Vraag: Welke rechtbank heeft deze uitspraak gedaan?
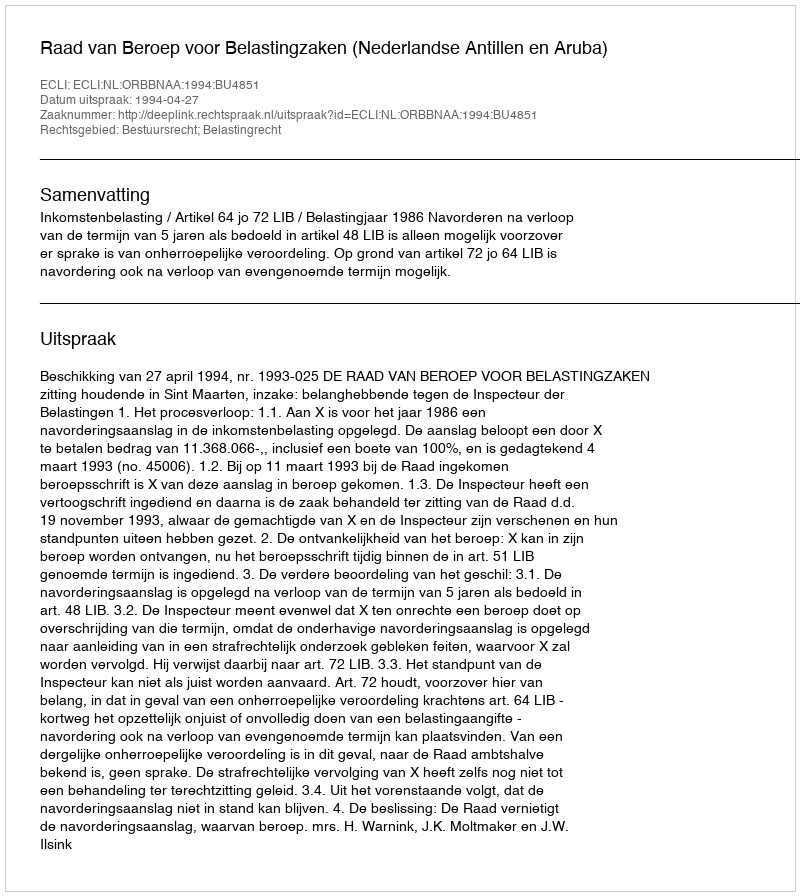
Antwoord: Raad van Beroep voor Belastingzaken (Nederlandse Antillen en Aruba)